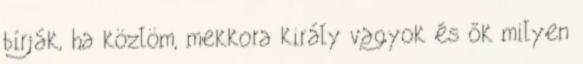
bírják, ha közlöm, mekkora király vagyok és ők milyen